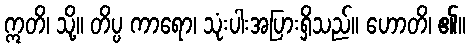
ဣတိ၊ သို့။ တိပ္ပ ကာရော၊ သုံးပါးအပြားရှိသည်။ ဟောတိ၊ ၏။